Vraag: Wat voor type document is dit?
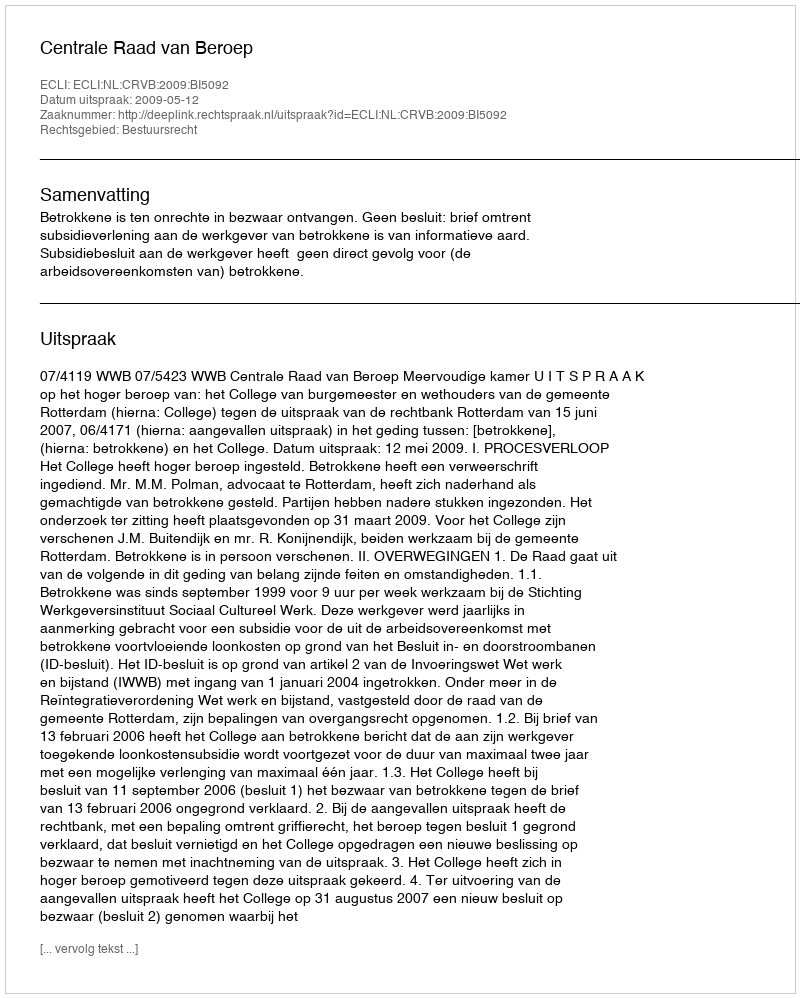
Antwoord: Uitspraak